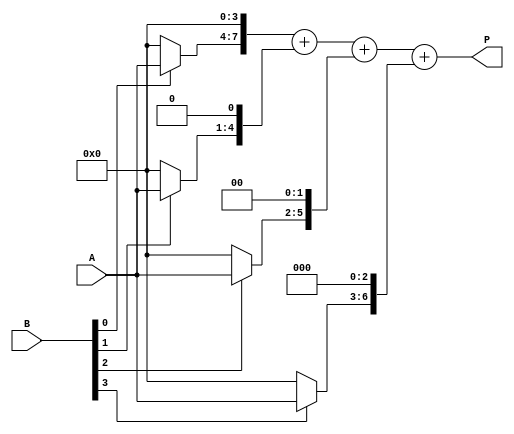
module ArrayMultiplier #(parameter A_WIDTH = 4, parameter B_WIDTH = 4) (
    input [A_WIDTH-1:0] A,   // Multiplicand
    input [B_WIDTH-1:0] B,   // Multiplier
    output [A_WIDTH+B_WIDTH-1:0] P // Product
);
    wire [A_WIDTH-1:0] partial_products[B_WIDTH-1:0];

    // Generate partial products
    genvar i, j;
    generate
        for (i = 0; i < B_WIDTH; i = i + 1) begin: pp_gen
            assign partial_products[i] = B[i] ? A : {A_WIDTH{1'b0}};
        end
    endgenerate

    // Accumulate the partial products
    wire [A_WIDTH+B_WIDTH-1:0] sum [0:B_WIDTH-1];
    
    // Initialize the first partial product
    assign sum[0] = {partial_products[0], {B_WIDTH{1'b0}}};

    // Perform addition of partial products
    generate
        for (j = 1; j < B_WIDTH; j = j + 1) begin: add_gen
            assign sum[j] = sum[j-1] + {partial_products[j], {j{1'b0}}};
        end
    endgenerate

    // Final product assignment
    assign P = sum[B_WIDTH-1];

endmodule